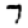
Digit: 7